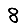
Digit: 8